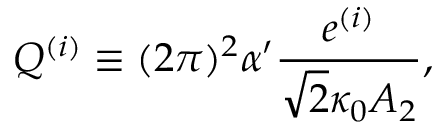
Q ^ { ( i ) } \equiv ( 2 \pi ) ^ { 2 } \alpha ^ { \prime } \frac { e ^ { ( i ) } } { \sqrt { 2 } \kappa _ { 0 } A _ { 2 } } ,